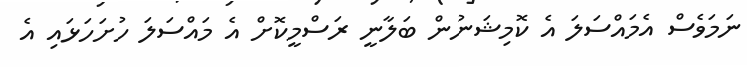
ނަމަވެސް އެމައްސަލަ އެ ކޮމިޝަނުން ބަލާނީ ރަސްމީކޮށް އެ މައްސަލަ ހުށަހަޅައި އެ